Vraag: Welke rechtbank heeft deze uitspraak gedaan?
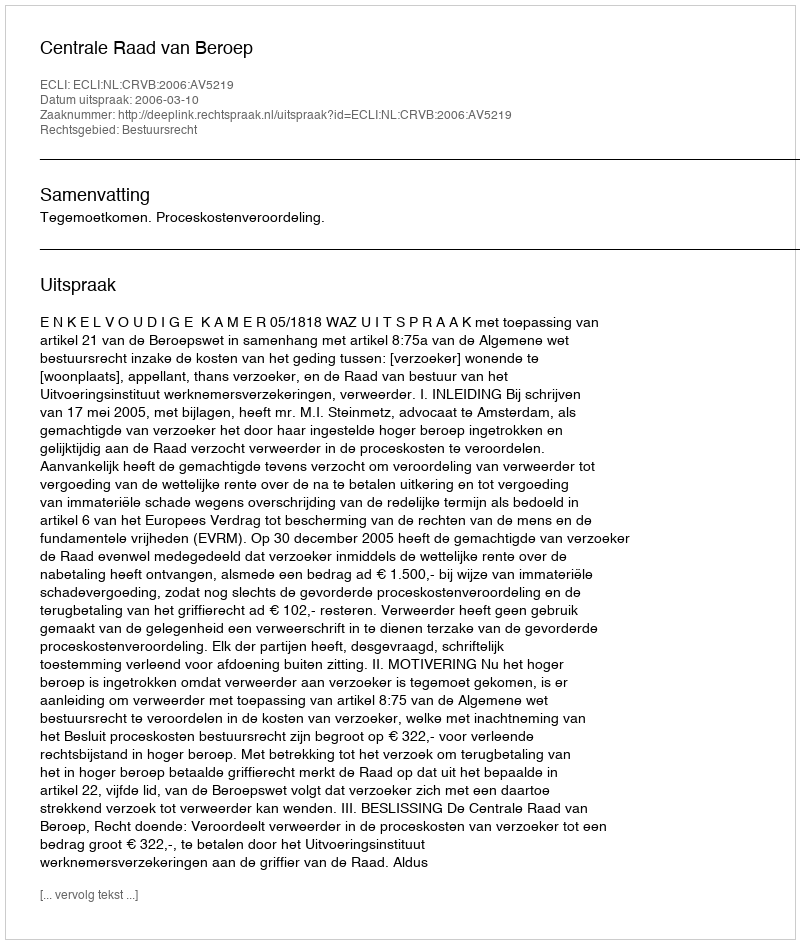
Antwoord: Centrale Raad van Beroep